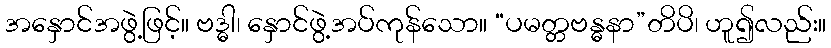
အနှောင်အဖွဲ့ဖြင့်။ ဗဒ္ဓါ၊ နှောင်ဖွဲ့အပ်ကုန်သော။ “ပမတ္တဗန္ဓနာ”တိပိ၊ ဟူ၍လည်း။